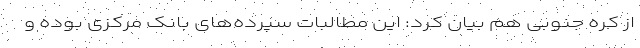
از کره جنوبی هم بیان کرد: این مطالبات سپرده‌های بانک مرکزی بوده و